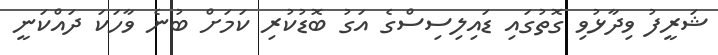
ޝަރީފު ވިދާޅުވި ގޮތުގައި ޑައިލިސިސްގެ އަގު ބޮޑުކުރި ކަމަށް ބުނެ ވާހަކަ ދައްކަނީ